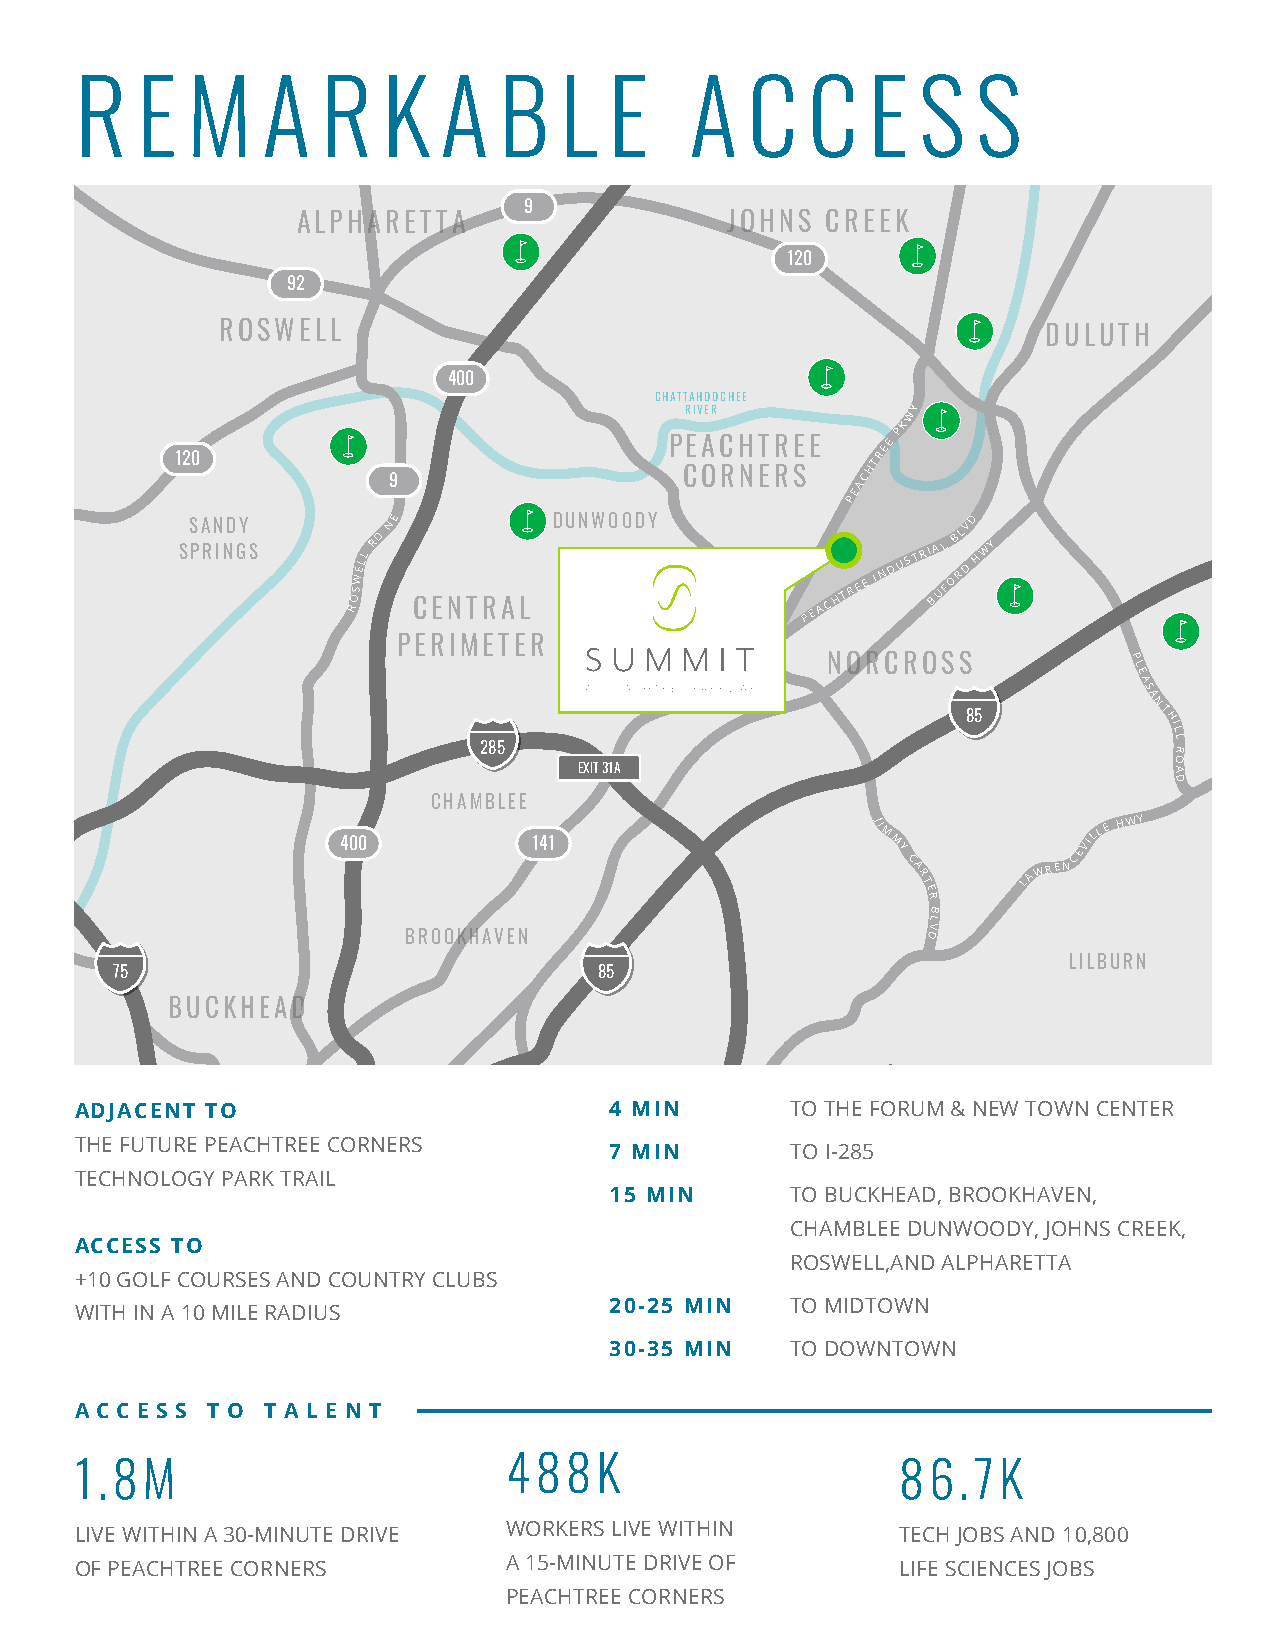
R   E  M    A   R   K   A   B   L  E     A  C   C   E   S   S
 9
 ALPHARETTA                  JOHNS  CREEK
 120
 92
 ROSWELL                                               DULUTH
 400
 CHATTAHOOCHEE
 RIVER          WY
 K
 P
 PEACHTREE      E
 E
 120                                           TR
 9
 CORNERS     ACH
 E
 P
 SS PA RN IND GY
 S      ROSWELL
 RD NE
 CENTRAL
 DUNWOODY
 P E A C H T R E E
 IN D U S T RI BA UL
 F
 OB RL DV D
 H WY
 PERIMETER
 NORCROSS            P
 L
 E
 A
 S
 A
 85
 NT
 HIL
 L
 285                                           R
 O
 EXIT 31A                                A
 D
 CHAMBLEE
 JI M          LL E HWY
 400         141                     M
 Y
 C
 A
 R
 T
 LAWRENCEVI
 E
 R
 B
 L
 V
 BROOKHAVEN                        D
 LILBURN
 75                               85
 BUCKHEAD
 78
 ADJACENT TO                        4 MIN       TO THE FORUM & NEW TOWN CENTER
 STONE MTN FWY
 THE FUTURE PEACHTREE CORNERS
 7 MIN       TO I-285
 TECHNOLOGY PARK TRAIL
 15 MIN      TO BUCKHEAD, BROOKHAVEN,
 CHAMBLEE D UNWOODY, JOHNS CREEK,
 ACCESS TO
 ROSWELL,AND ALPHARETTA
 +10 GOLF COURSES AND COUNTRY CLUBS
 20-25 MIN   TO MIDTOWN
 WITH IN A 10 MILE RADIUS
 30-35 MIN   TO DOWNTOWN
 A C C E S S T O T A L E N T
 488K
 1.8M                                                   86.7K
 WORKERS LIVE WITHIN
 LIVE WITHIN A 30-MINUTE DRIVE                          TECH JOBS AND 10,800
 A 15-MINUTE DRIVE OF
 OF PEACHTREE CORNERS                                   LIFE SCIENCES JOBS
 PEACHTREE CORNERS